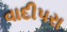
વાદીપરા